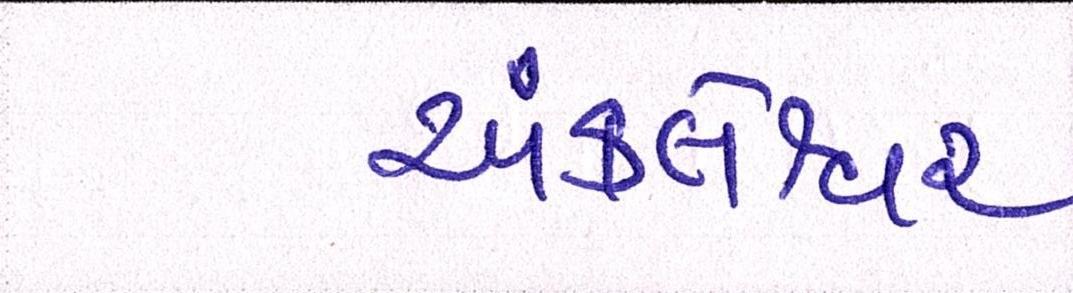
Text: અંકલેશ્વર